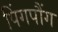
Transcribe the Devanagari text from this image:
पिंगपौंग